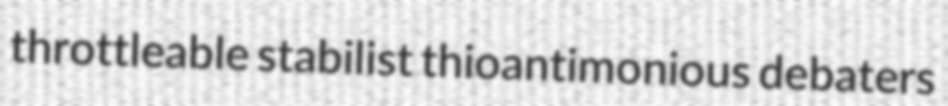
throttleable stabilist thioantimonious debaters